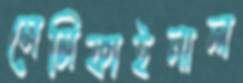
সেমিফাইনাল